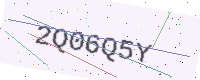
Text: 2Q06Q5Y